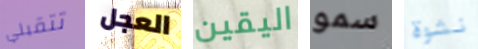
تتقبلي العجل اليقين سمو نشوة